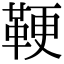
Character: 鞕